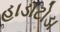
હાડાટોડા